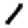
Digit: 1